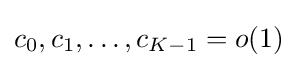
{\textstyle c_{0},c_{1},\dots ,c_{K-1}=o(1)}